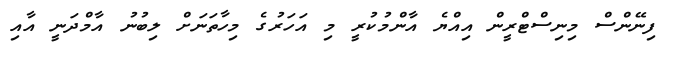
ފިނޭންސް މިނިސްޓްރީން އިއްޔެ އާންމުކުރީ މި އަހަރުގެ މިހާތަނަށް ލިބުނު އާމްދަނީ އާއި